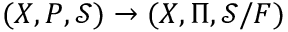
( \ensuremath { \boldsymbol { X } } , \ensuremath { \boldsymbol { P } } , \mathcal { S } ) \to ( \ensuremath { \boldsymbol { X } } , \ensuremath { \boldsymbol { \Pi } } , \mathcal { S } / F )